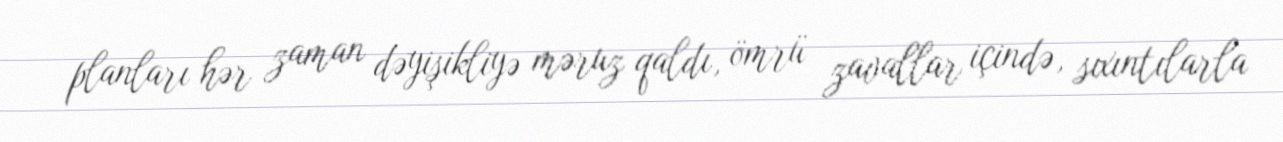
planları hər zaman dəyişikliyə məruz qaldı, ömrü zavallar içində, sıxıntılarla